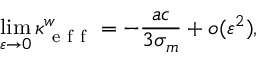
\operatorname* { l i m } _ { \varepsilon \to 0 } \kappa _ { \mathrm { ~ e ~ f ~ f ~ } } ^ { w } = - \frac { a c } { 3 \sigma _ { m } } + o ( \varepsilon ^ { 2 } ) ,